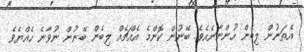
އެތަނުން ލިބެން ހުންނާނެއެވެ. ބޭނުން ކޮންމެ އެއްޗެއް ލިބެން ބޭނުން ނުވާނެ ހެއްޔެވެ